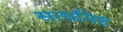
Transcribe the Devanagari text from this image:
सत्यनिष्ट